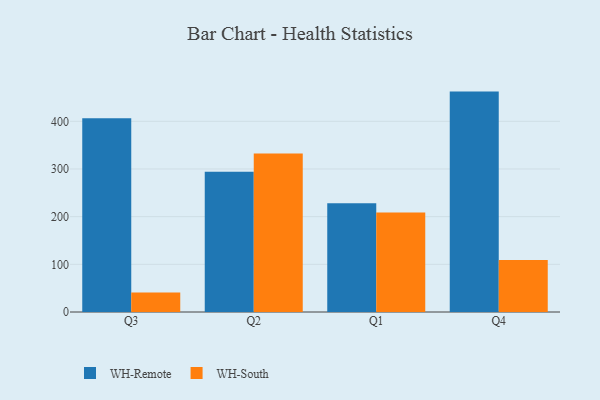
{"axis": {"x": "Quarter", "y": "Production Output"}, "legend": ["WH-Remote", "WH-South"], "data": [{"x": "Q3", "y": 406.2, "type": "WH-Remote"}, {"x": "Q3", "y": 41.0, "type": "WH-South"}, {"x": "Q2", "y": 294.2, "type": "WH-Remote"}, {"x": "Q2", "y": 332.7, "type": "WH-South"}, {"x": "Q1", "y": 227.9, "type": "WH-Remote"}, {"x": "Q1", "y": 208.8, "type": "WH-South"}, {"x": "Q4", "y": 462.3, "type": "WH-Remote"}, {"x": "Q4", "y": 108.9, "type": "WH-South"}]}